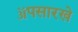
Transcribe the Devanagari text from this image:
ॲपसारखे